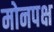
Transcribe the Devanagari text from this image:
मोनपक्ष